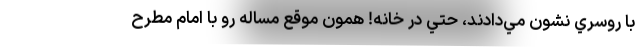
با روسري نشون مي‌دادند، حتي در خانه! همون موقع مساله رو با امام مطرح